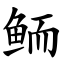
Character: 鲕